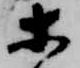
等